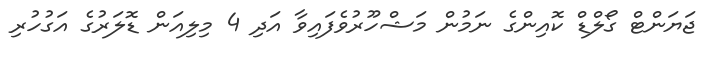
ޖަޔަންޓް ގޯލްޑް ކޮއިންގެ ނަމުން މަޝްހޫރުވެފައިވާ އަދި 4 މިލިއަން ޑޮލަރުގެ އަގުހުރި